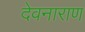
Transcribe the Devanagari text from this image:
देवनाराण